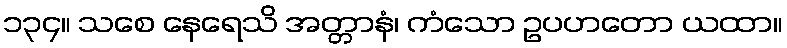
၁၃၄။ သစေ နေရေသိ အတ္တာနံ၊ ကံသော ဥပဟတော ယထာ။